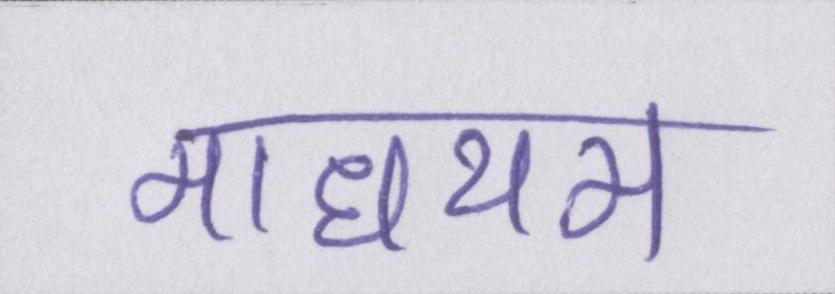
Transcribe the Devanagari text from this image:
माधयम